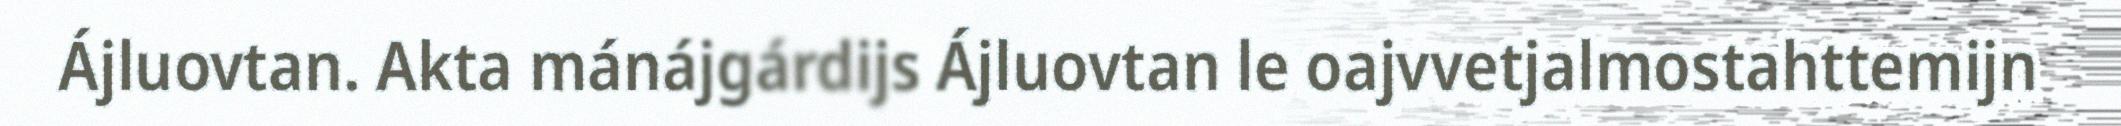
Ájluovtan. Akta mánájgárdijs Ájluovtan le oajvvetjalmostahttemijn